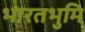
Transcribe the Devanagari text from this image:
भारतभुमि